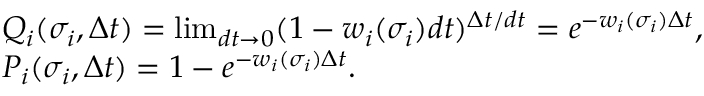
\begin{array} { r l } & { Q _ { i } ( \sigma _ { i } , \Delta t ) = \operatorname* { l i m } _ { d t \rightarrow 0 } ( 1 - w _ { i } ( \sigma _ { i } ) d t ) ^ { \Delta t / d t } = e ^ { - w _ { i } ( \sigma _ { i } ) \Delta t } , } \\ & { P _ { i } ( \sigma _ { i } , \Delta t ) = 1 - e ^ { - w _ { i } ( \sigma _ { i } ) \Delta t } . } \end{array}